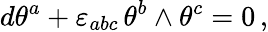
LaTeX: d\theta^{a}+\varepsilon_{abc}\, \theta^{b}\wedge\theta^{c}=0\, ,